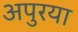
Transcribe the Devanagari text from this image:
अपुरया